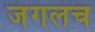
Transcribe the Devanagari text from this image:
जंगलच